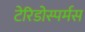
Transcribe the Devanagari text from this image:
टेरिडोस्पर्मस